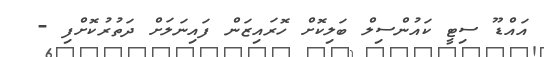
އައްޑޫ ސިޓީ ކައުންސިލް ބަލިކޮށް ހޮރައިޒަން ފައިނަލަށް ދަތުރުކޮށްފި -